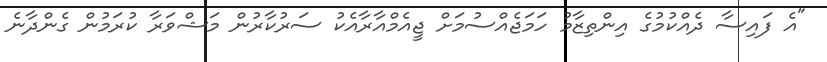
"އެ ފައިސާ ދެއްކުމުގެ އިންތިޒާމު ހަމަޖެއްސުމަށް ޖީއެމްއާރާއެކު ސަރުކާރުން މަޝްވަރާ ކުރަމުން ގެންދާނެ